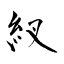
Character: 紁